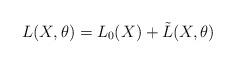
LaTeX: \begin{align*}L(X,\theta) = L_0(X) + \tilde L(X,\theta)\,\end{align*}